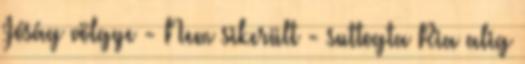
Jóság völgye - Nem sikerült - suttogta Ria alig